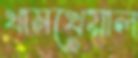
খামখেয়াল